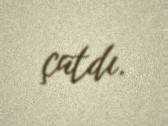
çatdı.